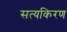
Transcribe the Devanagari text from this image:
सत्यकिरण